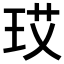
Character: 𪻚